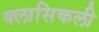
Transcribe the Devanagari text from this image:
क्लासिकली